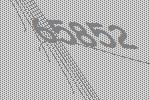
65852